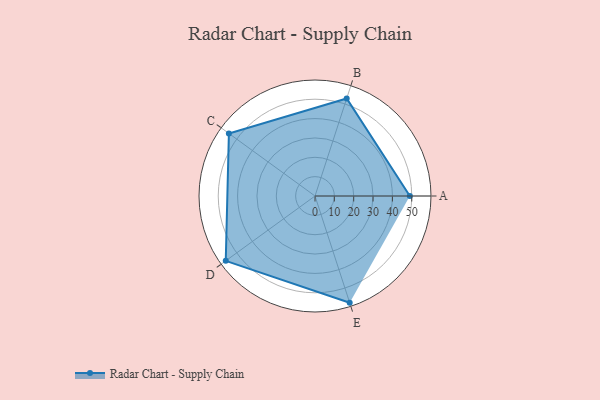
{"axis": {"x": "Skill", "y": "Score"}, "legend": ["Profile"], "data": [{"x": "A", "y": 49.0, "type": "Profile"}, {"x": "B", "y": 53.0, "type": "Profile"}, {"x": "C", "y": 55.0, "type": "Profile"}, {"x": "D", "y": 57.0, "type": "Profile"}, {"x": "E", "y": 58.0, "type": "Profile"}]}